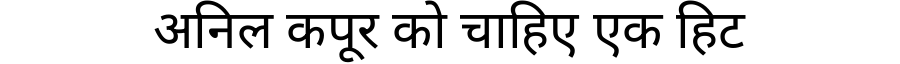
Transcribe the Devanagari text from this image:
अनिल कपूर को चाहिए एक हिट